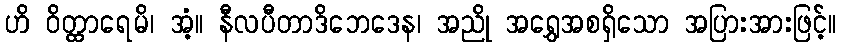
ဟိ ဝိတ္ထာရေမိ၊ အံ့။ နီလပီတာဒိဘေဒေန၊ အညို အရွှေအစရှိသော အပြားအားဖြင့်။